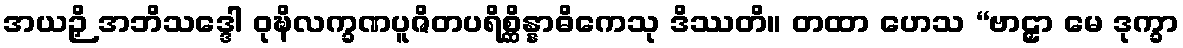
အယဉှိ အဘိသဒ္ဒေါ ဝုဍ္ဎိလက္ခဏပူဇိတပရိစ္ဆိန္နာဓိကေသု ဒိဿတိ။ တထာ ဟေသ “ဗာဠှာ မေ ဒုက္ခာ